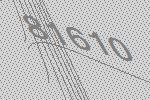
81610